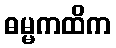
ဓမ္မကထိက